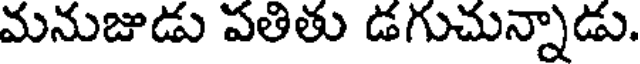
మనుజుడు పతితు డగుచున్నాడు.